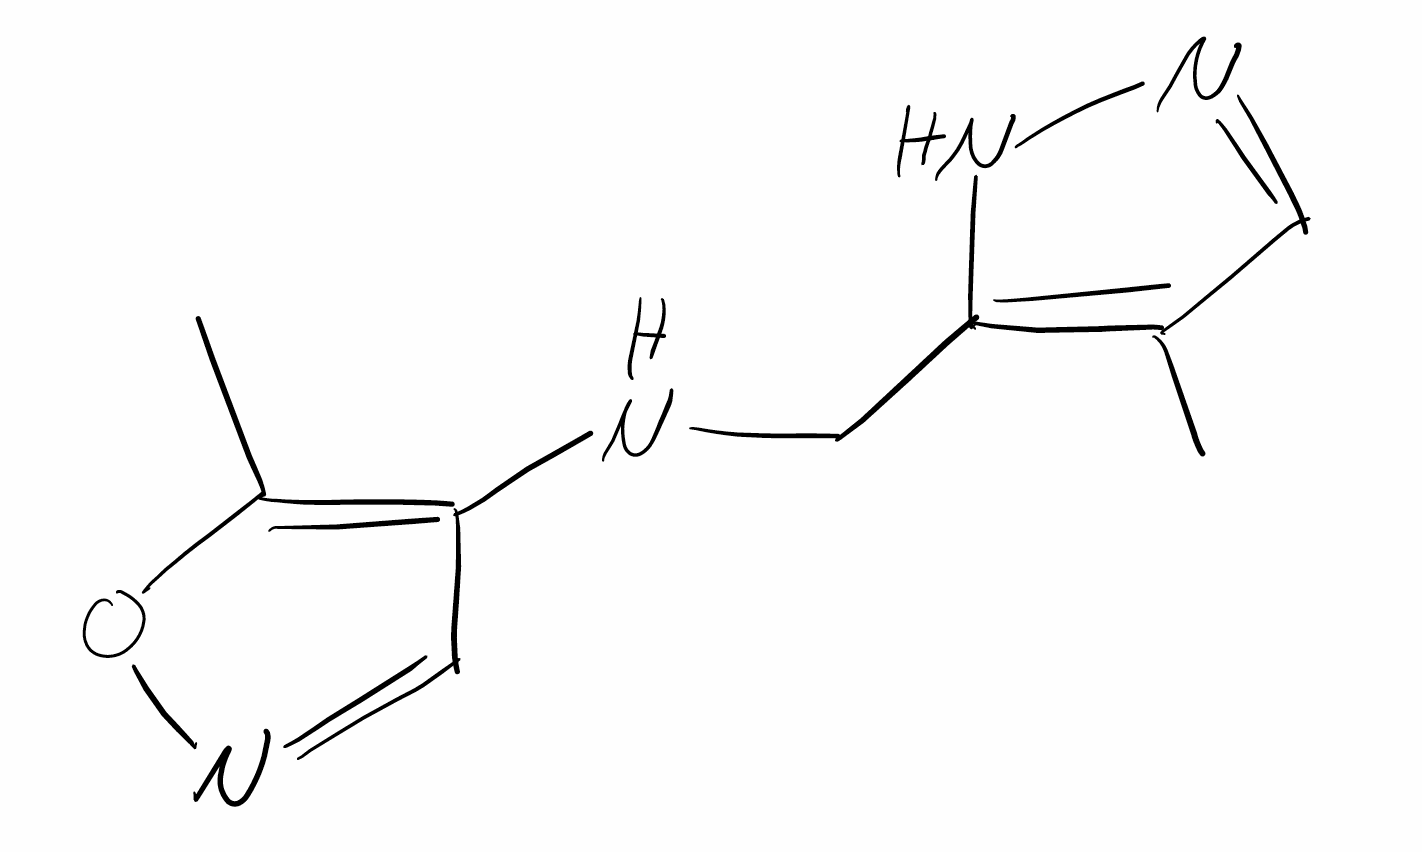
Simplified molecular-input line-entry system (SMILES) notation of the given molecule:
CC1=C(NN=C1)CNC2=C(ON=C2)C